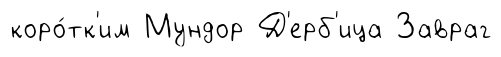
коро́тк'им Мундор Д'ерб'ица Завраг